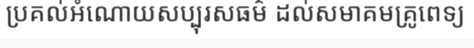
ប្រគល់អំណោយសប្បុរសធម៌ ដល់សមាគមគ្រូពេទ្យ